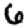
Digit: 6